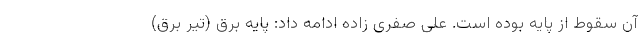
آن سقوط از پایه بوده است. علی صفری زاده ادامه داد: پایه برق (تیر برق)